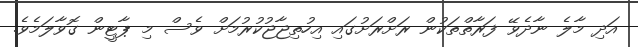
އަދި މާލެ ނާދެވޭ ފަރާތްތަކުން ރަށްރަށުގައި އިހުތިޖާޖުކުރުމަށް ވެސް މި ޕާޓީން ގޮވާލަމެވެ.